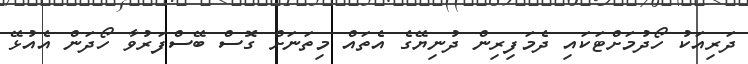
ދަރިއަކު ހޯދުމަށްޓަކައި ދެމަފިރިން ދުނިޔޭގެ އެތައް މިތަނަށް ގޮސް ބޭސްފަރުވާ ހޯދަން އެއުޅޭ